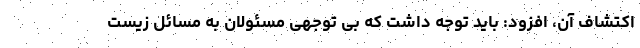
اکتشاف آن، افزود: باید توجه داشت که بی توجهی مسئولان به مسائل زیست